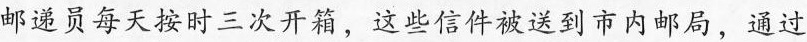
邮递员每天按时三次开箱，这些信件被送到市内邮局，通过